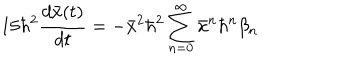
1 5 \hbar ^ { 2 } \frac { d \bar { x } ( t ) } { d t } = - \bar { x } ^ { 2 } \hbar ^ { 2 } \sum _ { n = 0 } ^ { \infty } \bar { x } ^ { n } \hbar ^ { n } \beta _ { n }